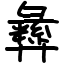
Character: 彝